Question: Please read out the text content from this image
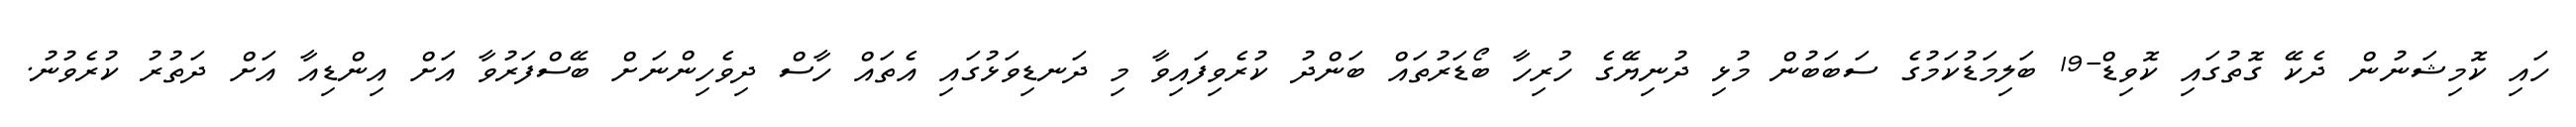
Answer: ހައި ކޮމިޝަނުން ދެކޭ ގޮތުގައި ކޮވިޑް-19 ބަލިމަޑުކަމުގެ ސަބަބުން މުޅި ދުނިޔޭގެ ހުރިހާ ބޯޑަރުތައް ބަންދު ކުރެވިފައިވާ މި ދަނޑިވަޅުގައި އެތައް ހާސް ދިވެހިންނަށް ބޭސްފަރުވާ އަށް އިންޑިއާ އަށް ދަތުރު ކުރެވުނު.